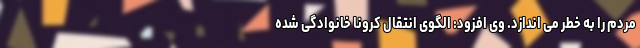
مردم را به خطر می اندازد. وی افزود: الگوی انتقال کرونا خانوادگی شده